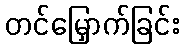
တင်မြှောက်ခြင်း